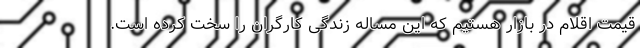
قیمت اقلام در بازار هستیم که این مساله زندگی کارگران را سخت کرده است.